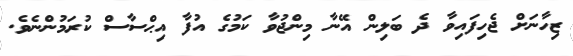
ޒިހާނަށް ޖެހިފައިވާ ދެ ބަލިން އޭނާ މިންޖުވާ ކަމުގެ އުފާ އިޙްސާސް ކުރަމުންނެވެ.